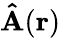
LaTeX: \mathbf{\hat{A}}(\mathbf{r})